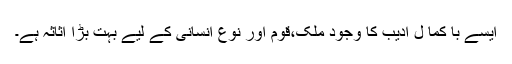
ایسے با کما ل ادیب کا وجود ملک،قوم اور نوع انسانی کے لیے بہت بڑا اثاثہ ہے۔